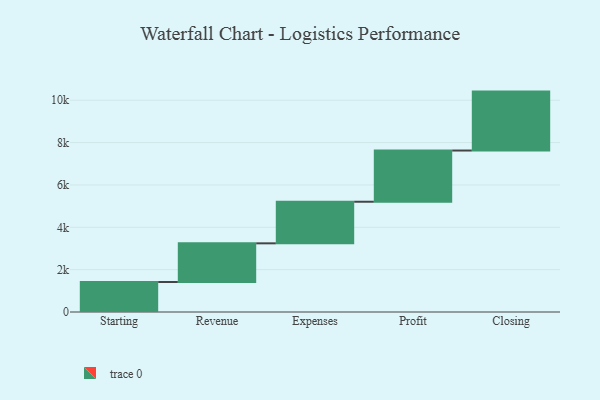
{"axis": {"x": "Step", "y": "Value"}, "legend": [""], "data": [{"x": "Starting", "y": 1417.0, "type": ""}, {"x": "Revenue", "y": 1826.0, "type": ""}, {"x": "Expenses", "y": 1964.0, "type": ""}, {"x": "Profit", "y": 2418.0, "type": ""}, {"x": "Closing", "y": 2783.0, "type": ""}]}